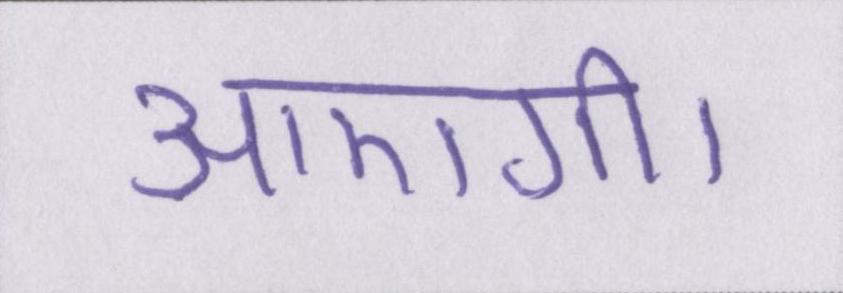
आएगी।